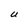
Character: U